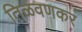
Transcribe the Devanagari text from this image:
तिळवणकर